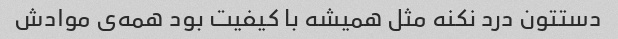
دستتون درد نکنه مثل همیشه با کیفیت بود همه‌ی موادش